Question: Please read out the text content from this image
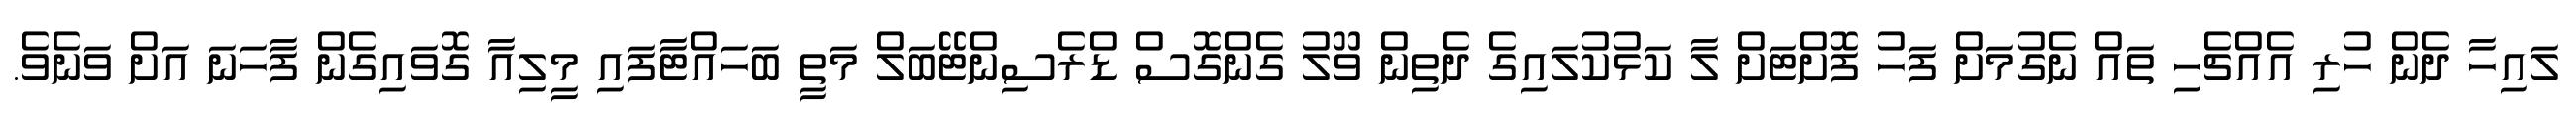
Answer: ލައިހާ ދެން ހުރި އެއްޗެހި ތައް ނެގުމަށް ފަހު ފޮށްޓަށް ލާ ކަޅުކުލައިގެ ދެތިން ވޫލު ގެންގޮސް ޑްރެސިންޓޭބަލް މަތީ ބަހައްޓާފައި މީލިއާ ގޮވައިގެން ފާހަނަ އަށް ވަނެވެ.